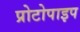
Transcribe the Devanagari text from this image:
प्रोटोपाइप